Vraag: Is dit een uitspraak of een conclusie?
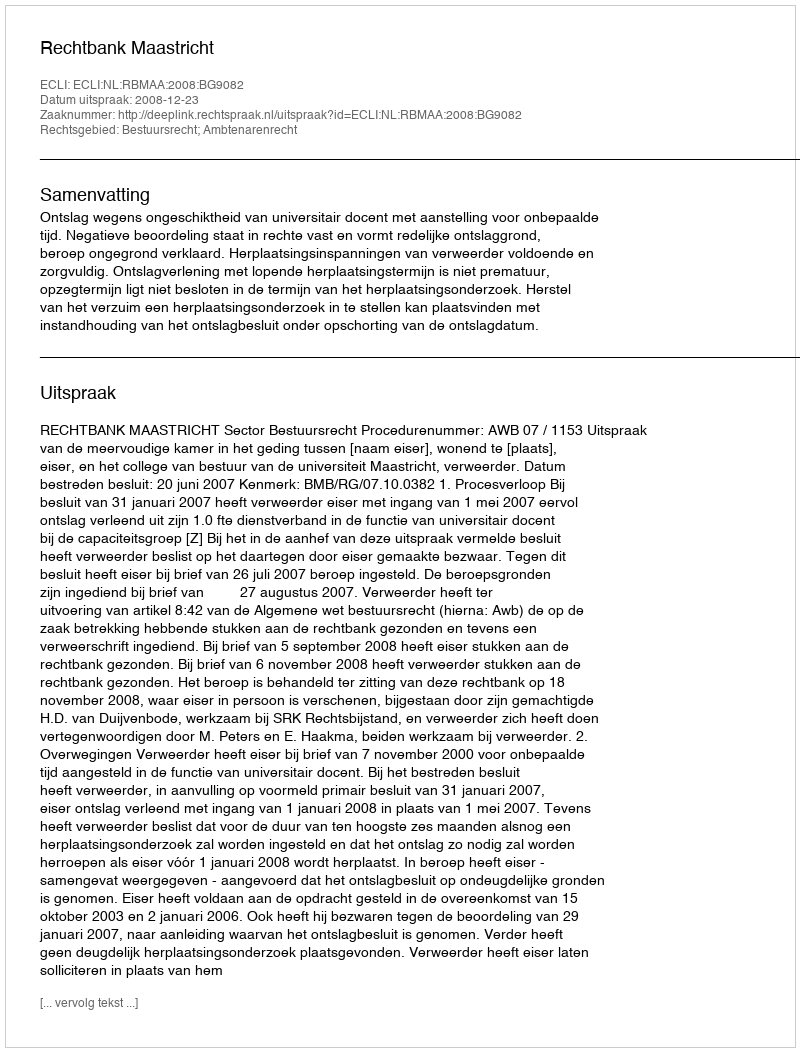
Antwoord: Uitspraak